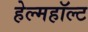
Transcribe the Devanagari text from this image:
हेल्महॉल्ट